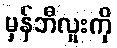
မှန်ဘီလူးကို